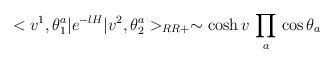
LaTeX: \begin{align*}<v^1,\theta^a_1|e^{-lH}|v^2,\theta^a_2>_{RR+} \sim \cosh v \, \prod_a \,\cos \theta_a \end{align*}